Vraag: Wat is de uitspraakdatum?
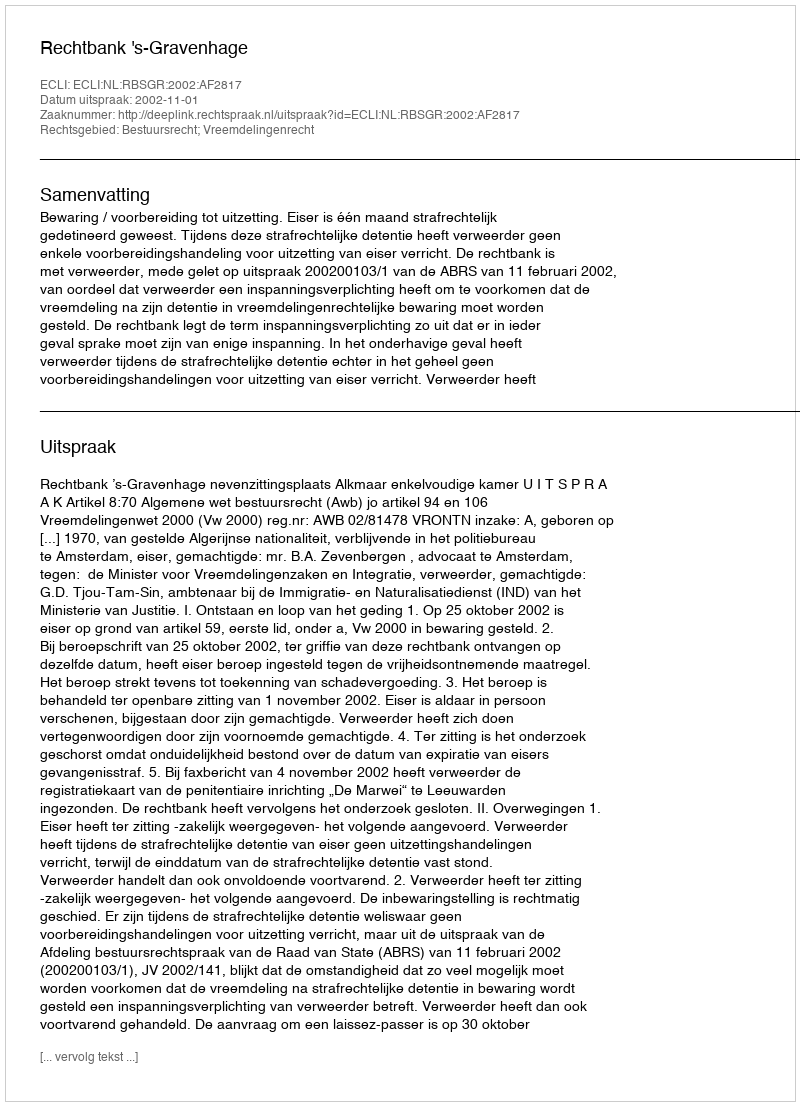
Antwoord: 2002-11-01